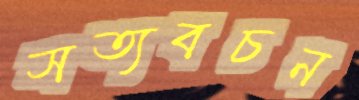
সত্যবচন